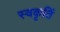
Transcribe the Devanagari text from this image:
स्वकृतिं